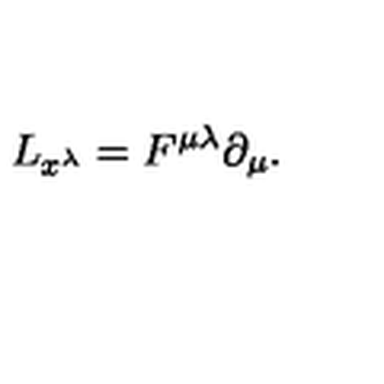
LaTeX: L _ { x ^ { \lambda } } = F ^ { \mu \lambda } \partial _ { \mu } .